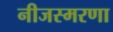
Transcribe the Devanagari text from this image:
नीजस्मरणा